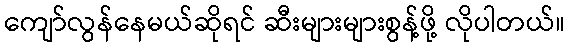
ကျော်လွန်နေမယ်ဆိုရင် ဆီးများများစွန့်ဖို့ လိုပါတယ်။